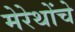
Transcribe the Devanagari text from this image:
मेरेथोंचे